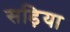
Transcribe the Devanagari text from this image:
सड़िया